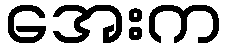
အေးက